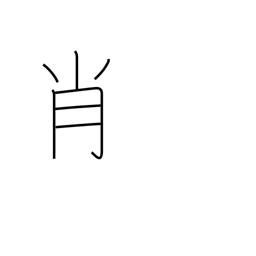
Meaning: resemblance